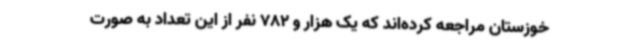
خوزستان مراجعه کرده‌اند که یک هزار و 782 نفر از این تعداد به صورت